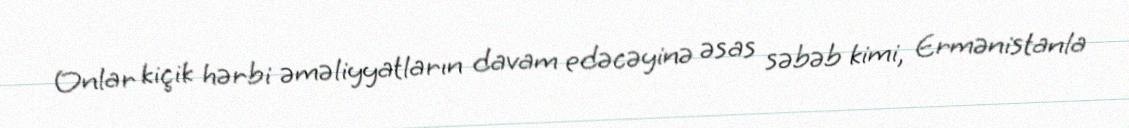
Onlar kiçik hərbi əməliyyatların davam edəcəyinə əsas səbəb kimi, Ermənistanla